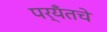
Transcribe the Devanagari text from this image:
पर्यँतचे